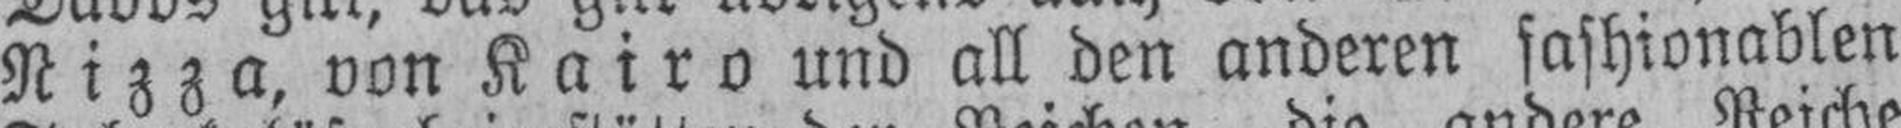
Nizza, von Kairo und all den anderen fashionablen